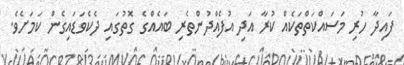
ފައިދާ ހުރި މަސައްކަތްތަކެއް ކުރާ އަދި އުފެއްދުންތެރި ބައެއްގެ ގޮތުގައި ދެކެވަޑައިގެން ކަމަށެވެ.